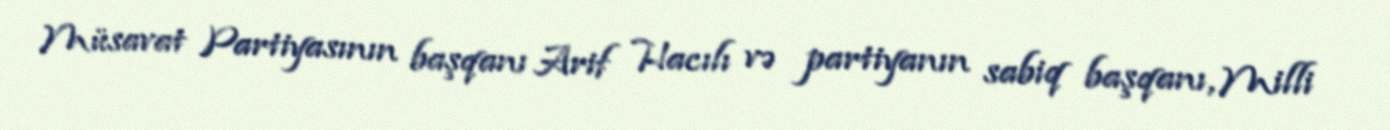
Müsavat Partiyasının başqanı Arif Hacılı və partiyanın sabiq başqanı, Milli